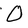
Character: O